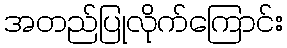
အတည်ပြုလိုက်ကြောင်း